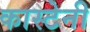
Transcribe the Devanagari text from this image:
कास्टेनी